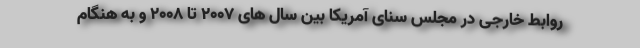
روابط خارجی در مجلس سنای آمریکا بین سال های 2007 تا 2008 و به هنگام